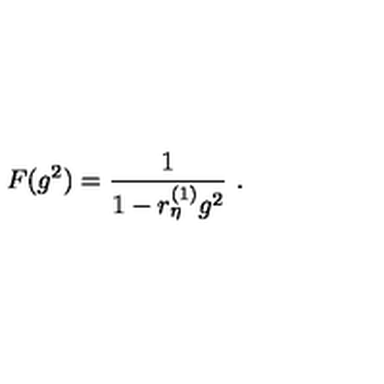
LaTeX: F ( g ^ { 2 } ) = \frac 1 { 1 - r _ { \eta } ^ { ( 1 ) } g ^ { 2 } } \ .